Plague in India, 1896, 1897 - Volume 3
Year: 1896
Disease focus: Plague
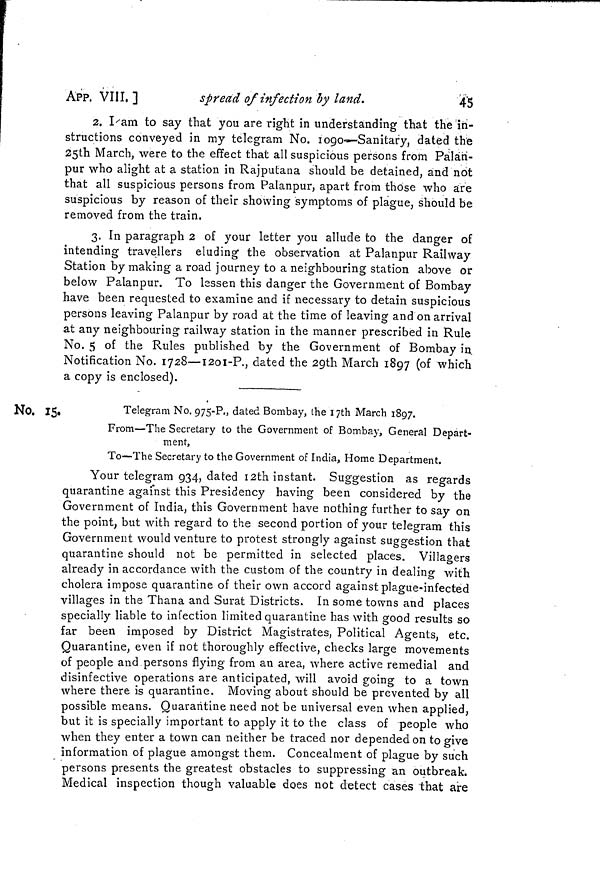
APP. VIII. ]
spread of infection by land.
45
2. I/am to say that you are right in understanding that the in-
structions conveyed in my telegram No. 1090—-Sanitary, dated th'e
25th March, were to the effect that all suspicious persons from Palan-
pur who alight at a station in Rajputana should be detained, and not
that all suspicious persons from Palanpur, apart from those who are
suspicious by reason of their showing symptoms of plague, should be
removed from the train.
3. In paragraph 2 of your letter you allude to the danger of
intending travellers eluding the observation at Palanpur Railway
Station by making a road journey to a neighbouring station above or
below Palanpur. To lessen this danger the Government of Bombay
have been requested to examine and if necessary to detain suspicious
persons leaving Palanpur by road at the time of leaving and on arrival
at any neighbouring railway station in the manner prescribed in Rule
No. 5 of the Rules published by the Government of Bombay in
Notification No. 1728—1201-P., dated the 29th March 1897 (of which
a copy is enclosed).
,
Telegram No. 975-P., dated Bombay, the 17th March 1897.
From—The Secretary to the Government of Bombay, General Depart-
ment,
To—The Secretary to the Government of India, Home Department.
Your telegram 934, dated 12th instant. Suggestion as regards
quarantine against this Presidency having been considered by the
Government of India, this Government have nothing further to say on
the point, but with regard to the second portion of your telegram this
Government would venture to protest strongly against suggestion that
quarantine should not be permitted in selected places. Villagers
already in accordance with the custom of the country in dealing with
cholera impose quarantine of their own accord against plague-infected
villages in the Thana and Surat Districts. In some towns and places
specially liable to infection limited quarantine has with good results so
far been imposed by District Magistrates, Political Agents, etc.
Quarantine, even if not thoroughly effective, checks large movements
of people and persons flying from an area, where active remedial and
disinfective operations are anticipated, will avoid going to a town
where there is quarantine. Moving about should be prevented by all
possible means. Quarantine need not be universal even when applied,
but it is specially important to apply it to the class of people who
when they enter a town can neither be traced nor depended on to give
information of plague amongst them. Concealment of plague by such
persons presents the greatest obstacles to suppressing an outbreak.
Medical inspection though valuable does not detect cases that are